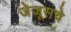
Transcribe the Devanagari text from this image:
जेजूसचे